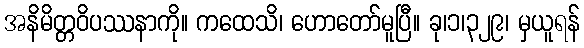
အနိမိတ္တဝိပဿနာကို။ ကထေသိ၊ ဟောတော်မူပြီ။ ခု၊၁၊၃၂၉၊ မှယူရန်